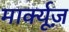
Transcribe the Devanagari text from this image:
मार्क्यूज़